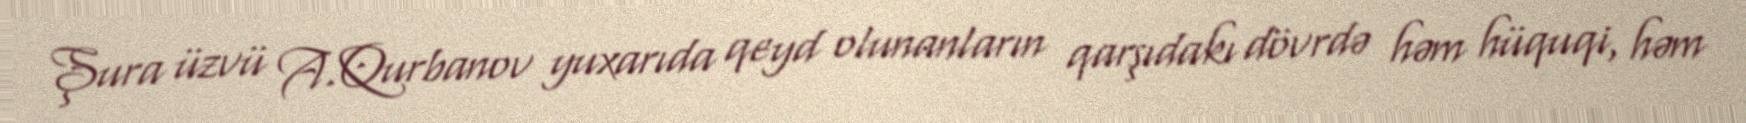
Şura üzvü A.Qurbanov yuxarıda qeyd olunanların qarşıdakı dövrdə həm hüquqi, həm